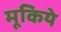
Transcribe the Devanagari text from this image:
मूकिये